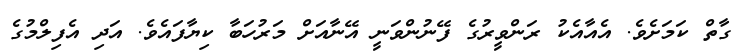
ގާތް ކަމަށެވެ. އެއާއެކު ރަންވީރުގެ ފޭނުންވަނީ އޭނާއަށް މަރުހަބާ ކިޔާފައެވެ. އަދި އެފިލްމުގެ